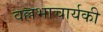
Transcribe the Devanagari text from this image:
वल्लभाचार्यकी